Indian journal of veterinary science and animal husbandry - Volume 4,
Year: 1934
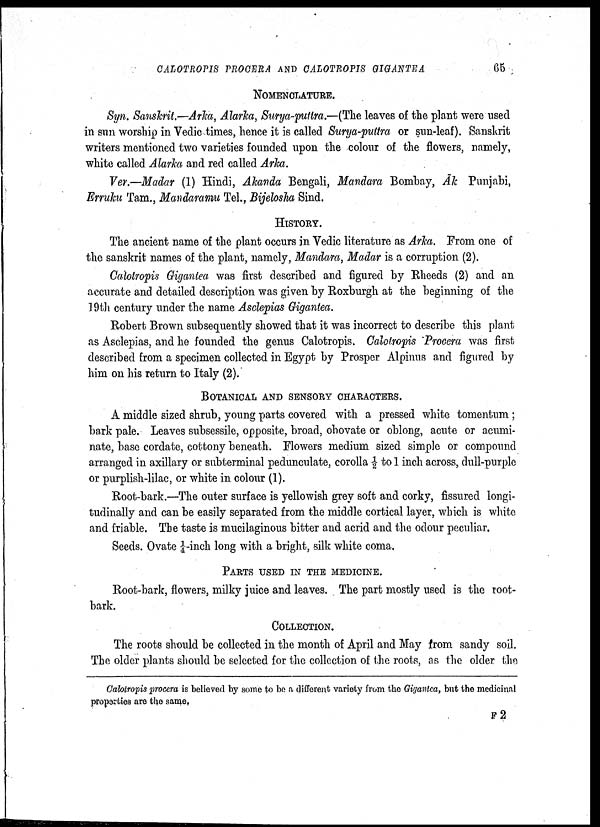
CALOTROPIS PROCERA AND CALOTROPIS GIGANTEA 65
NOMENCLATURE.
Syn. Sanskrit.—Arka, Alarka, Surya-putra.—(The leaves of the plant were used
in sun worship in Vedic times, hence it is called Surya-puttra or sun-leaf). Sanskrit
writers mentioned two varieties founded upon the colour of the flowers, namely,
white called Alarka and red called Arka.
Ver.—Madar (1) Hindi, Akanda Bengali, Mandara Bombay, Āk Punjabi,
Erruku Tarn., Mandaramu Tel., Bijelosha Sind.
HISTORY.
The ancient name of the plant occurs in Vedic literature as Arka. From one of
the sanskrit names of the plant, namely, Mandara, Madar is a corruption (2).
Catotropis Gigantea was first described and figured by Rheeds (2) and an
accurate and detailed description was given by Roxburgh at the beginning of the
19th century under the name Asclepias Gigantea.
Robert Brown subsequently showed that it was incorrect to describe this plant
as Asclepias, and he founded the genus Calotropis. Calotropis Procera was first
described from a specimen collected in Egypt by Prosper Alpinus and figured by
him on his return to Italy (2).
BOTANICAL AND SENSORY CHARACTERS.
A middle sized shrub, young parts covered with a pressed white tomentum ;
bark pale. Leaves subsessile, opposite, broad, obovate or oblong, acute or acumi
nate, base cordate, cottony beneath. Flowers medium sized simple or compound
arranged in axillary or subterminal pedunculate, corolla ½ to 1 inch across, dull-purple
or purplish-lilac, or white in colour (1).
Root-bark.—The outer surface is yellowish grey soft and corky, fissured longi
tudinally and can be easily separated from the middle cortical layer, which is white
and friable. The taste is mucilaginous bitter and acrid and the odour peculiar.
Seeds. Ovate ¼ inch long with a bright, silk white coma.
PARTS USED IN THE MEDICINE.
Root-bark, flowers, milky juice and leaves. The part mostly used is the root-
bark.
COLLECTION.
The roots should be collected in the month of April and May from sandy soil.
The older plants should be selected for the collection of the roots, as the older the
Calotropis procera is believed by some to be a different variety from the Gigantea, but the medicinal
properties are the same.
F 2